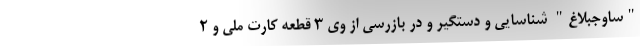
"ساوجبلاغ" شناسایی و دستگیر و در بازرسی از وی ۳ قطعه کارت ملی و ۲